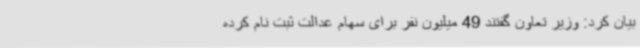
بیان کرد: وزیر تعاون گفتند 49 میلیون نفر برای سهام عدالت ثبت نام کرده